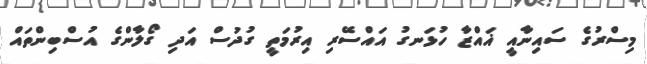
މިސްރުގެ ސައިނާއީ ޣައްޒާ ހުޅަނގު އައްސޭރި އިރުމަތީ ގުދުސް އަދި ގޯލާންގެ އުސްބިންތައް